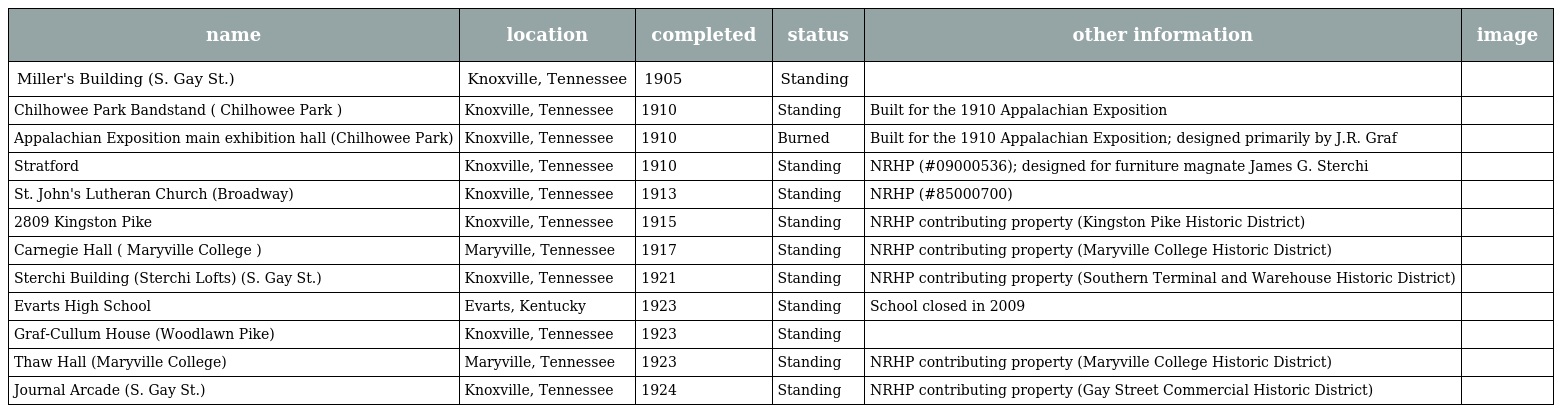
| name | location | completed | status | other information | image |
 | --- | --- | --- | --- | --- | --- |
 | Miller's Building (S. Gay St.) | Knoxville, Tennessee | 1905 | Standing |  |  |
 | Chilhowee Park Bandstand ( Chilhowee Park ) | Knoxville, Tennessee | 1910 | Standing | Built for the 1910 Appalachian Exposition |  |
 | Appalachian Exposition main exhibition hall (Chilhowee Park) | Knoxville, Tennessee | 1910 | Burned | Built for the 1910 Appalachian Exposition; designed primarily by J.R. Graf |  |
 | Stratford | Knoxville, Tennessee | 1910 | Standing | NRHP (#09000536); designed for furniture magnate James G. Sterchi |  |
 | St. John's Lutheran Church (Broadway) | Knoxville, Tennessee | 1913 | Standing | NRHP (#85000700) |  |
 | 2809 Kingston Pike | Knoxville, Tennessee | 1915 | Standing | NRHP contributing property (Kingston Pike Historic District) |  |
 | Carnegie Hall ( Maryville College ) | Maryville, Tennessee | 1917 | Standing | NRHP contributing property (Maryville College Historic District) |  |
 | Sterchi Building (Sterchi Lofts) (S. Gay St.) | Knoxville, Tennessee | 1921 | Standing | NRHP contributing property (Southern Terminal and Warehouse Historic District) |  |
 | Evarts High School | Evarts, Kentucky | 1923 | Standing | School closed in 2009 |  |
 | Graf-Cullum House (Woodlawn Pike) | Knoxville, Tennessee | 1923 | Standing |  |  |
 | Thaw Hall (Maryville College) | Maryville, Tennessee | 1923 | Standing | NRHP contributing property (Maryville College Historic District) |  |
 | Journal Arcade (S. Gay St.) | Knoxville, Tennessee | 1924 | Standing | NRHP contributing property (Gay Street Commercial Historic District) |  |